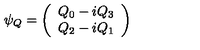
\psi _ { Q } = \left( \begin{array} { c } { Q _ { 0 } - i Q _ { 3 } } \\ { Q _ { 2 } - i Q _ { 1 } } \\ \end{array} \right)